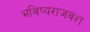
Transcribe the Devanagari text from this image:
भविष्यराजवंश